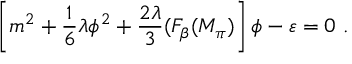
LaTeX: \left[ m ^ { 2 } + \frac { 1 } { 6 } \lambda \phi ^ { 2 } + \frac { 2 \lambda } { 3 } ( F _ { \beta } ( M _ { \pi } ) \right] \phi - \varepsilon = 0 ~ .